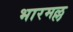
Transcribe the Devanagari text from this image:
भारमल्ल